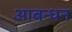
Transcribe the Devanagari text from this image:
आबन्धन